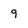
Character: 9